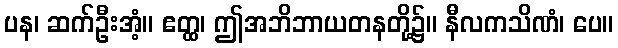
ပန၊ ဆက်ဦးအံ့။ ဧတ္ထ၊ ဤအဘိဘာယတနတို့၌။ နီလကသိဏံ၊ ပေ။